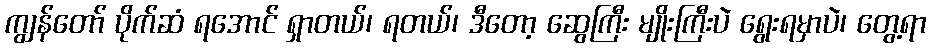
ကျွန်တော် ပိုက်ဆံ ရအောင် ရှာတယ်၊ ရတယ်၊ ဒီတော့ ဆွေကြီး မျိုးကြီးပဲ ရွေးရမှာပဲ၊ တွေ့ရာ